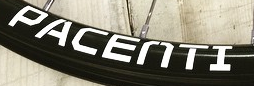
PACENTI